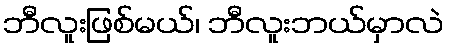
ဘီလူးဖြစ်မယ်၊ ဘီလူးဘယ်မှာလဲ